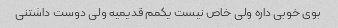
بوی خوبی داره ولی خاص نیست یکمم قدیمیه ولی دوست داشتنی